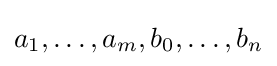
a_{1},\ldots ,a_{m},b_{0},\ldots ,b_{n}